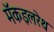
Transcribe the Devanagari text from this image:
मॅकइलरेथ